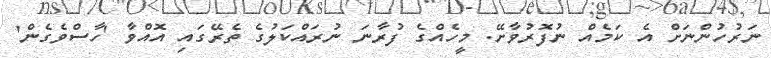
ނަރުހުންނަށް އެ ކަމެއް ނުފޮރުވާށޭ. މީހެއްގެ ފުރާނަ ނުރައްކަލުގެ ތެރޭގައި އޮއްވާ 'ހާސްވެގެން'